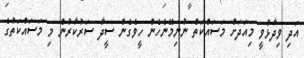
އަދި ވިދާޅުވީ މިއަދަށް މަސައްކަތް ނުނިމޭނެހެން ހީވެގެން ސީދާ ސަރުކާރުން މި މަސައްކަތުގެ